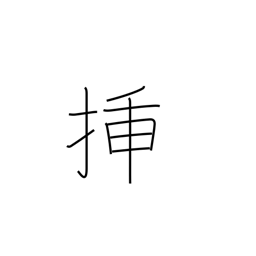
Meaning: graft